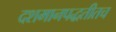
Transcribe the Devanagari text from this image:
दशमानपद्धतीतच